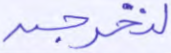
لنخرجن